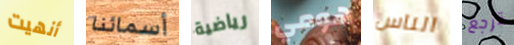
أنهيت أسمائنا رياضية هومي الناس ترجع